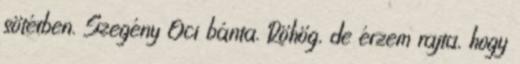
sötétben. Szegény Oci bánta. Röhög, de érzem rajta, hogy